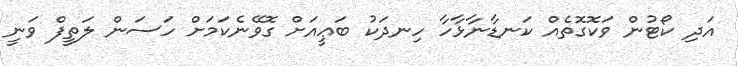
އަދި ކޯޓުން ވަކޮގޮތެއް ކަނޑާނާޅާހާ ހިނދަކު ބަޢީއަށް ގޮވޭނެކަމަށް ހަސަން ލަތީފް ވަނީ